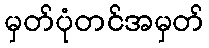
မှတ်ပုံတင်အမှတ်